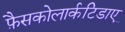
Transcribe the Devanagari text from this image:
फ़ैसकोलार्कटिडाए